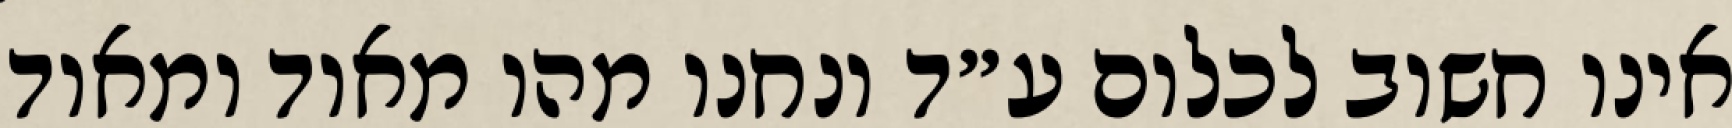
אינו חשוב לכלום ע״ד ונחנו מהו מאוד ומאוד